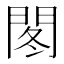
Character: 𫔠